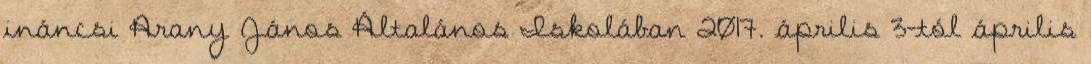
ináncsi Arany János Általános Iskolában 2017. április 3-tól április